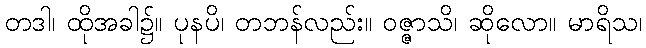
တဒါ၊ ထိုအခါ၌။ ပုနပိ၊ တဘန်လည်း။ ဝဇ္ဇာသိ၊ ဆိုလော။ မာရိသ၊